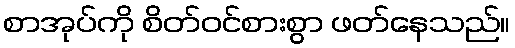
စာအုပ်ကို စိတ်ဝင်စားစွာ ဖတ်နေသည်။